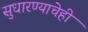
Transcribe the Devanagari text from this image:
सुधारण्याचेही